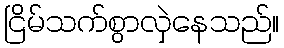
ငြိမ်သက်စွာလှဲနေသည်။